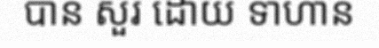
បាន សួរ ដោយ ទាហាន